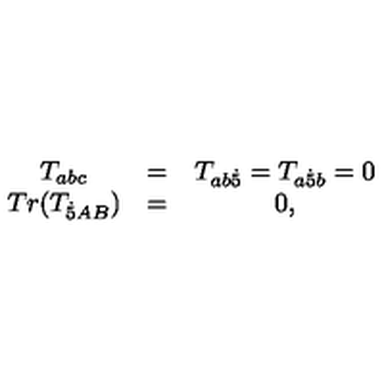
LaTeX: \begin{array} { c c c } { T _ { a b c } } & { = } & { T _ { a b { \dot { 5 } } } = T _ { a { \dot { 5 } } b } = 0 } \\ { T r ( T _ { { \dot { 5 } } A B } ) } & { = } & { 0 , } \\ \end{array}